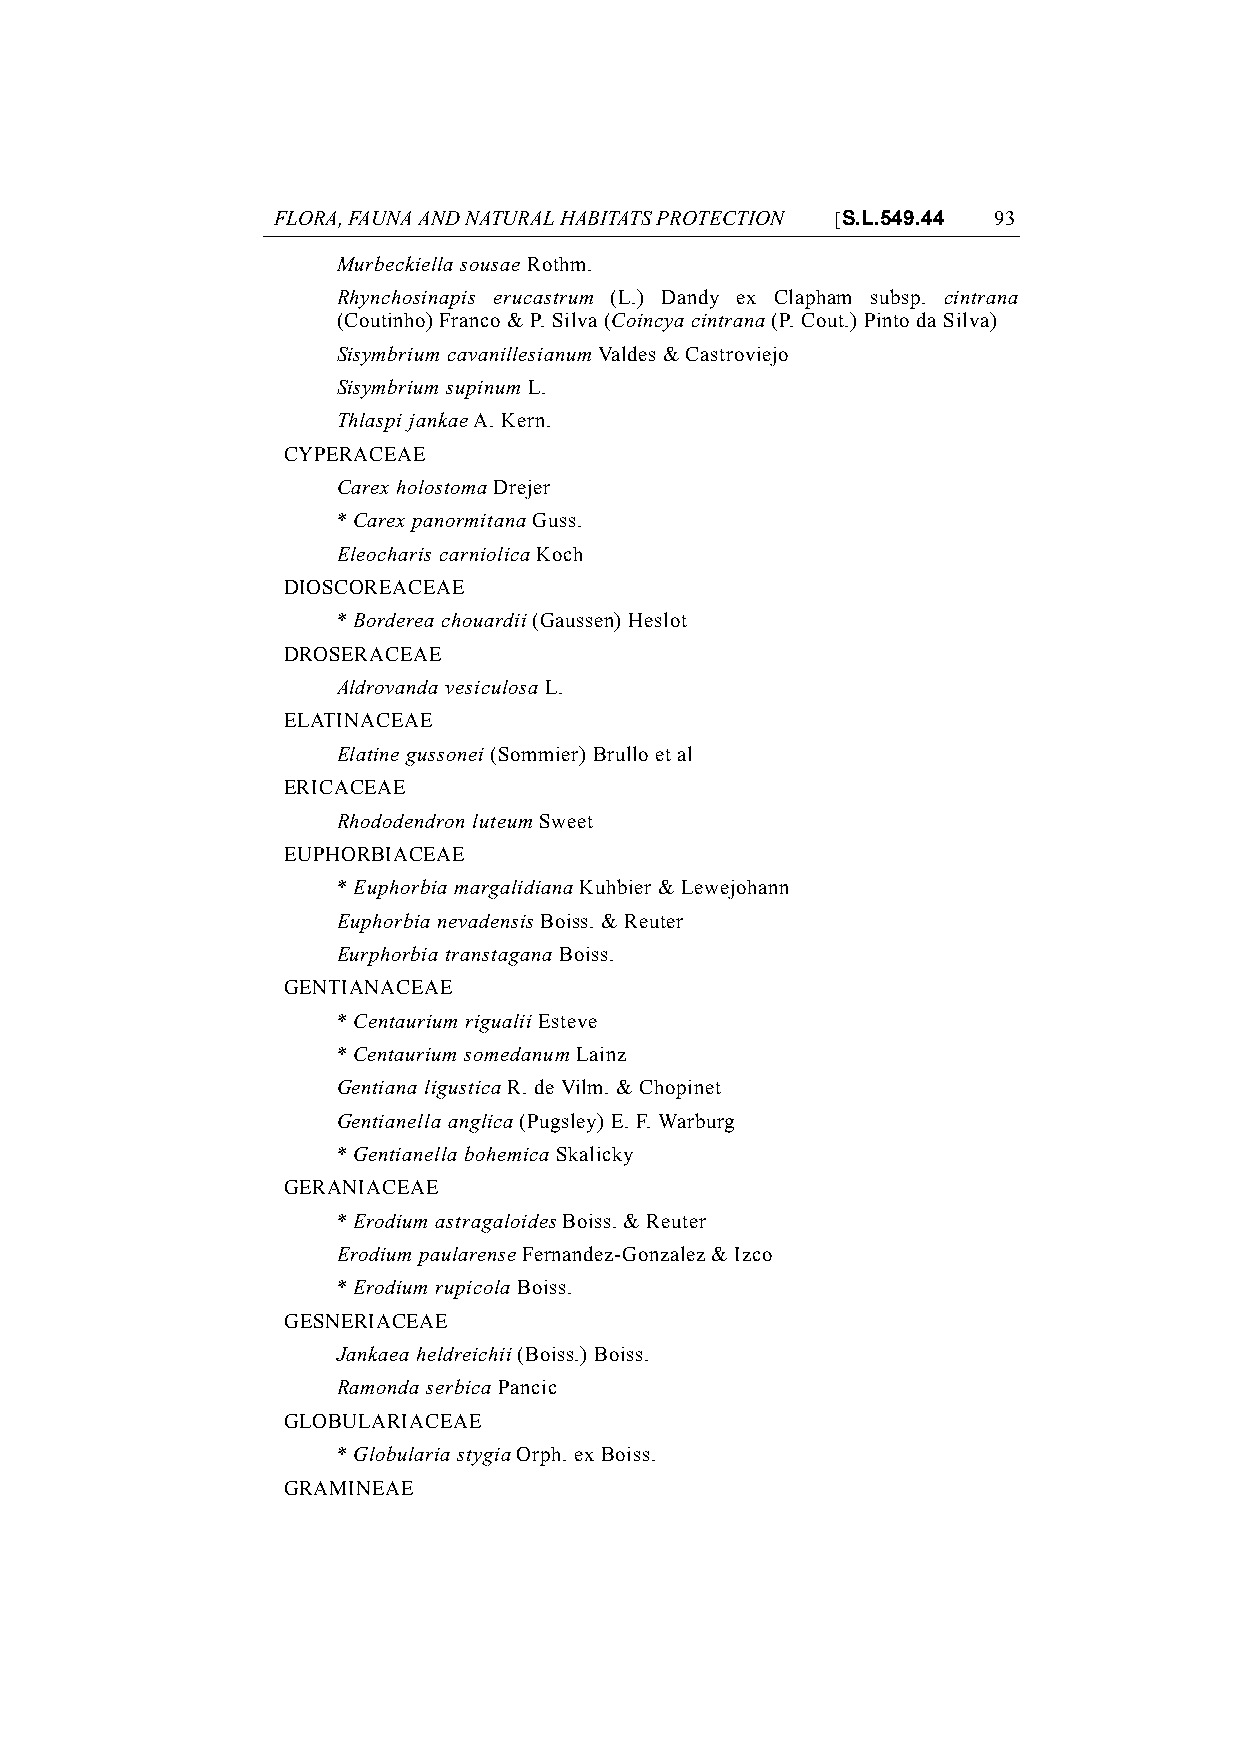
FLORA, FAUNA AND NATURAL HABITATS PROTECTION [S.L.549.44 93
 Murbeckiella sousae Rothm.
 Rhynchosinapis erucastrum (L.) Dandy ex Clapham subsp. cintrana
 (Coutinho) Franco & P. Silva (Coincya cintrana (P. Cout.) Pinto da Silva)
 Sisymbrium cavanillesianum Valdes & Castroviejo
 Sisymbrium supinum L.
 Thlaspi jankae A. Kern.
 CYPERACEAE
 Carex holostoma Drejer
 * Carex panormitana Guss.
 Eleocharis carniolica Koch
 DIOSCOREACEAE
 * Borderea chouardii (Gaussen) Heslot
 DROSERACEAE
 Aldrovanda vesiculosa L.
 ELATINACEAE
 Elatine gussonei (Sommier) Brullo et al
 ERICACEAE
 Rhododendron luteum Sweet
 EUPHORBIACEAE
 * Euphorbia margalidiana Kuhbier & Lewejohann
 Euphorbia nevadensis Boiss. & Reuter
 Eurphorbia transtagana Boiss.
 GENTIANACEAE
 * Centaurium rigualii Esteve
 * Centaurium somedanum Lainz
 Gentiana ligustica R. de Vilm. & Chopinet
 Gentianella anglica (Pugsley) E. F. Warburg
 * Gentianella bohemica Skalicky
 GERANIACEAE
 * Erodium astragaloides Boiss. & Reuter
 Erodium paularense Fernandez-Gonzalez & Izco
 * Erodium rupicola Boiss.
 GESNERIACEAE
 Jankaea heldreichii (Boiss.) Boiss.
 Ramonda serbica Pancic
 GLOBULARIACEAE
 * Globularia stygia Orph. ex Boiss.
 GRAMINEAE